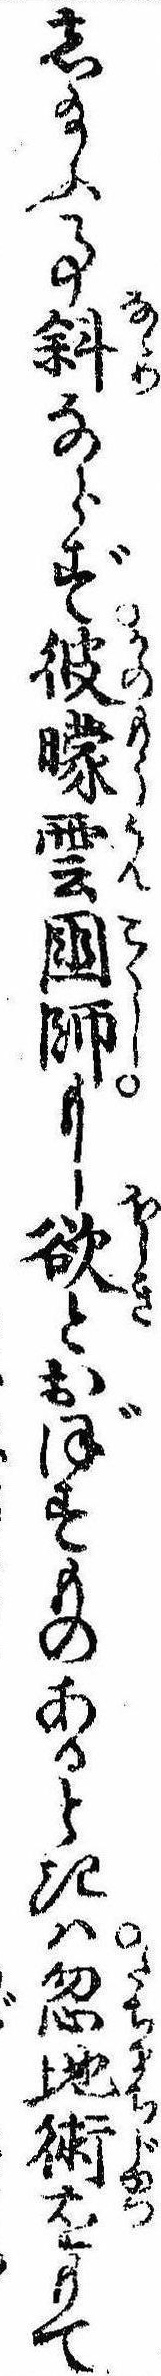
し給ふ事斜ならず彼曚雲国師もし欲とおぼすものあるときは忽地術をもて